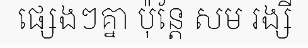
ផ្សេងៗគ្នា ប៉ុន្តែ សម រង្សី